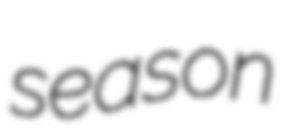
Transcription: season